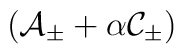
\left( {\cal A}_{\pm }+\alpha {\cal C}_{\pm }\right)